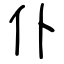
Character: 仆